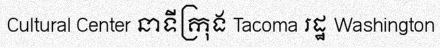
Cultural Center នាទីក្រុង Tacoma រដ្ឋ Washington